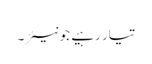
تیار رہیے جونیئر۔